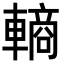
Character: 𬧽